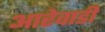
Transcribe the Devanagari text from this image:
आरेवाडी